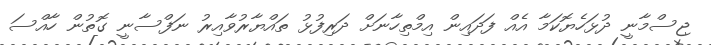
ޖިސްމާނީ ދުޅަހެޔޮކަމާ އެއް ފަދައިން އިމްތިހާނަށް ދަރިފުޅު ތައްޔާރުވާއިރު ނަފްސާނީ ގޮތުން ހާއްސަ